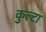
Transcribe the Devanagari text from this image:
कुल्टा